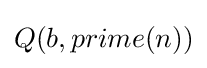
Q(b,prime(n))